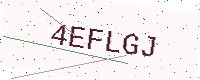
Text: 4EFLGJ